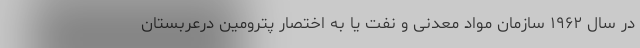
در سال ۱۹۶۲ سازمان مواد معدنی و نفت یا به اختصار پترومین درعربستان